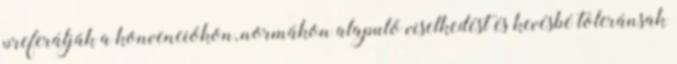
preferálják a konvenciókon, normákon alapuló viselkedést és kevésbé toleránsak